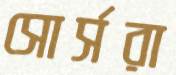
সোর্সরা